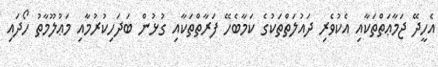
އެހީދޭ ޖަމާޢަތްތަކާއި އެކުވެރި ދައުލަތްތަކުގެ ކަމާބެހޭ ފަރާތްތަކާއި ގުޅުން ބަދަހިކުރުމާއި މަޢުލޫމާތު ހޯދައި